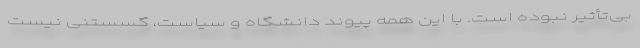
بی‌تأثیر نبوده است. با این همه پیوند دانشگاه و سیاست، گسستنی نیست